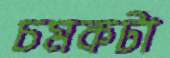
চমকটা